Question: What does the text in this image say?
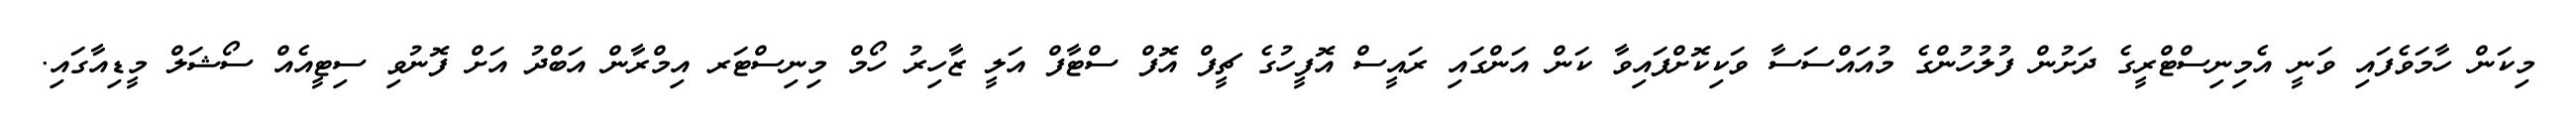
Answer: މިކަން ހާމަވެފައި ވަނީ އެމިނިސްޓްރީގެ ދަށުން ފުލުހުންގެ މުއައްސަސާ ވަކިކޮށްފައިވާ ކަން އަންގައި ރައީސް އޮފީހުގެ ޗީފް އޮފް ސްޓާފް އަލީ ޒާހިރު ހޯމް މިނިސްޓަރ އިމްރާން އަބްދު އަށް ފޮނުވި ސިޓީއެއް ސޯޝަލް މީޑިއާގައި.